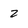
Character: 2